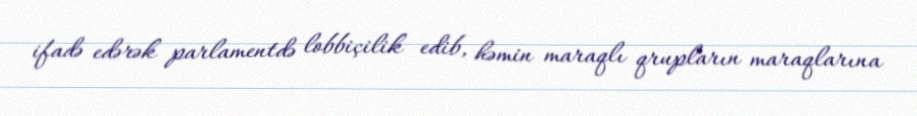
ifadə edərək parlamentdə lobbiçilik edib, həmin maraqlı qrupların maraqlarına